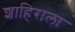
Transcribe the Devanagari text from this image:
शाहिराला